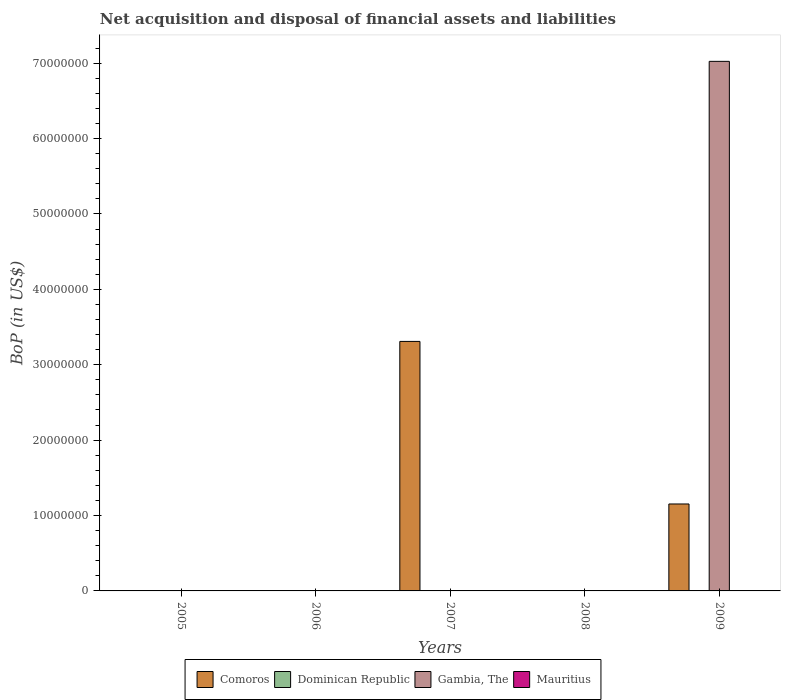
| Years | Comoros | Dominican Republic | Gambia, The | Mauritius |
 | --- | --- | --- | --- | --- |
 | 2005 | -5.28e+06 | -8.95e+08 | -7.64e+07 | -3.07e+08 |
 | 2006 | -2.33e+06 | -1.16e+09 | -7.26e+07 | -3.13e+08 |
 | 2007 | 3.31e+07 | -1.59e+09 | -9.8e+07 | -5.9e+07 |
 | 2008 | -3.35e+07 | -4.41e+09 | -1.9e+07 | -7.65e+08 |
 | 2009 | 1.15e+07 | -2.11e+09 | 7.02e+07 | -3.69e+08 |